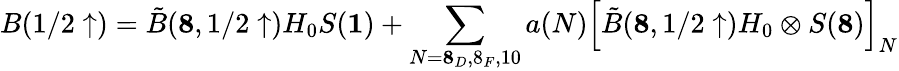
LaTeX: B(1/2\uparrow)=\tilde{B}({\mathbf 8},1/2\uparrow)H_{0}S({\mathbf 1})+\sum_{N={\mathbf 8_{D},8_{F},10}}a(N)\left[\tilde{B}({\mathbf 8},1/2\uparrow)H_{0}\otimes S({\mathbf 8})\right]_{N}